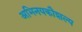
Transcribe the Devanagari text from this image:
अभिनयकौशल्य